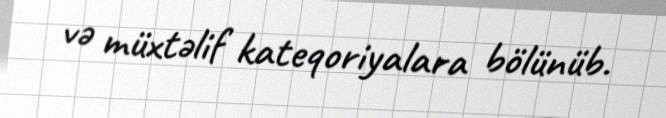
və müxtəlif kateqoriyalara bölünüb.